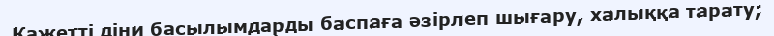
Қажетті діни басылымдарды баспаға әзірлеп шығару, халыққа тарату;